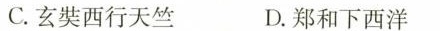
C.玄奘西行天竺 D.郑和下西洋